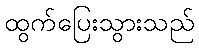
ထွက်ပြေးသွားသည်